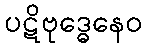
ပဋိဗုဒ္ဓေနေဝ